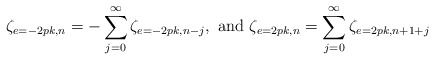
\begin{align*}\zeta_{e=-2pk,n}=-\sum_{j=0}^{\infty}\zeta_{e=-2pk,n-j},\mbox{ and }\zeta_{e=2pk,n}=\sum_{j=0}^{\infty}\zeta_{e=2pk,n+1+j}\end{align*}